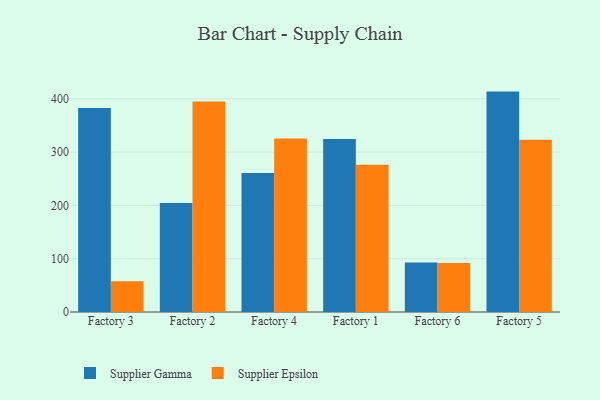
{"axis": {"x": "Factory", "y": "Inventory Turnover"}, "legend": ["Supplier Epsilon", "Supplier Gamma"], "data": [{"x": "Factory 3", "y": 382.6, "type": "Supplier Gamma"}, {"x": "Factory 3", "y": 57.9, "type": "Supplier Epsilon"}, {"x": "Factory 2", "y": 204.7, "type": "Supplier Gamma"}, {"x": "Factory 2", "y": 394.9, "type": "Supplier Epsilon"}, {"x": "Factory 4", "y": 260.7, "type": "Supplier Gamma"}, {"x": "Factory 4", "y": 325.5, "type": "Supplier Epsilon"}, {"x": "Factory 1", "y": 324.5, "type": "Supplier Gamma"}, {"x": "Factory 1", "y": 276.2, "type": "Supplier Epsilon"}, {"x": "Factory 6", "y": 92.9, "type": "Supplier Gamma"}, {"x": "Factory 6", "y": 91.8, "type": "Supplier Epsilon"}, {"x": "Factory 5", "y": 413.5, "type": "Supplier Gamma"}, {"x": "Factory 5", "y": 323.3, "type": "Supplier Epsilon"}]}